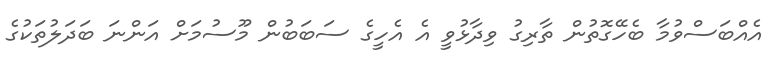
އެއްބަސްވުމާ ބެހޭގޮތުން ތާރިގު ވިދާޅުވީ އެ އެހީގެ ސަބަބުން މޫސުމަށް އަންނަ ބަދަލުތަކުގެ